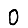
Digit: 0